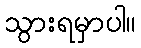
သွားရမှာပါ။